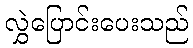
လွှဲပြောင်းပေးသည်